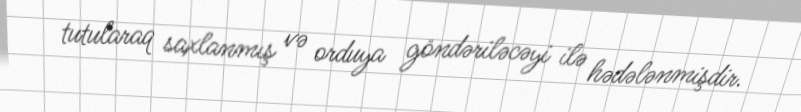
tutularaq saxlanmış və orduya göndəriləcəyi ilə hədələnmişdir.